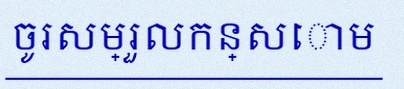
ចូរសម្រួលកន្សោម